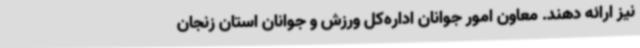
نیز ارائه دهند. معاون امور جوانان اداره‌کل ورزش و جوانان استان زنجان